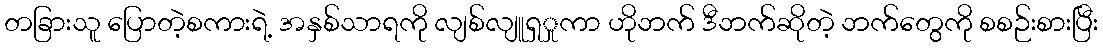
တခြားသူ ပြောတဲ့စကားရဲ့ အနှစ်သာရကို လျစ်လျူရှှုကာ ဟိုဘက် ဒီဘက်ဆိုတဲ့ ဘက်တွေကို စစဉ်းစားပြီး